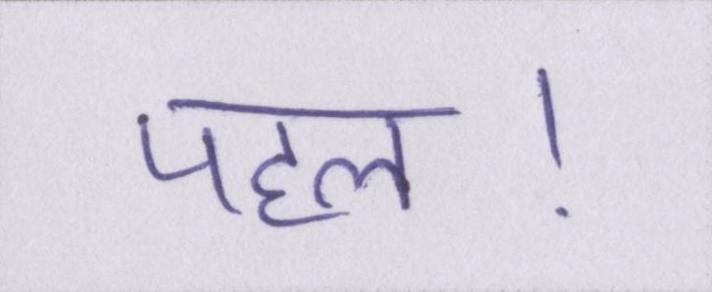
पहल।